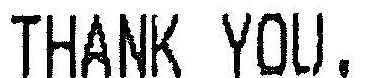
THANK YOU.